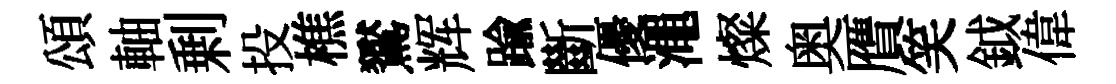
頌軸剰投樵鸑辉踰斷優澠燦奥贋笑鉞偉